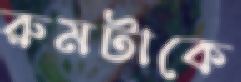
রুমটাকে